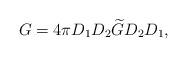
LaTeX: \begin{align*} G&= 4 \pi D_{1} D_{2} \widetilde{G} D_{2} D_{1}, \end{align*}